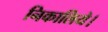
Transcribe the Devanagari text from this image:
निकालिये।